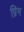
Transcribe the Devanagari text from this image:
प्रिंग